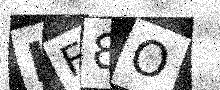
Text: LF8O